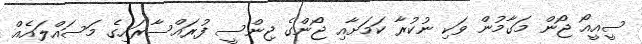
ސީއީއޯ ޖޯން މަގާމުން ވަކި ނުކުރާ ކަމަށާއި ޖޯންގެ ޖިންސީ ފުރައްސާރައިގެ މަސައްލައެއް